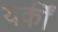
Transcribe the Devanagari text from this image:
यकीं